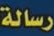
رسالة